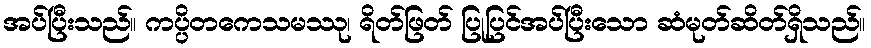
အပ်ပြီးသည်။ ကပ္ပိတကေသမဿု၊ ရိတ်ဖြတ် ပြုပြင်အပ်ပြီးသော ဆံမုတ်ဆိတ်ရှိသည်။